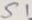
Text: S1